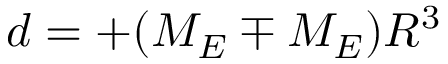
d = + ( M _ { E } \mp M _ { E } ) R ^ { 3 }